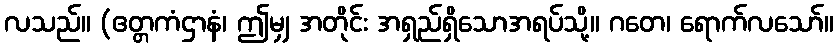
လသည်။ (ဧတ္တကံဌာနံ၊ ဤမျှ အတိုင်း အရှည်ရှိသောအရပ်သို့။ ဂတေ၊ ရောက်လသော်။